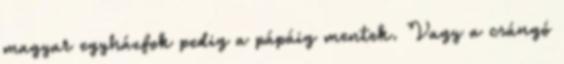
magyar egyházfok pedig a pápáig mentek. Vagy a csángó